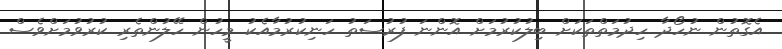
އެގޮތުން ނުހޯދާ ހިދުމަތްތަކަށް ބިލުކުރުމަށް އޮންނަ ފުރުސަތު ހަނިކުރުމާއެކު މީހުން ހޭލުންތެރި ކުރުވުމަށްވެސް